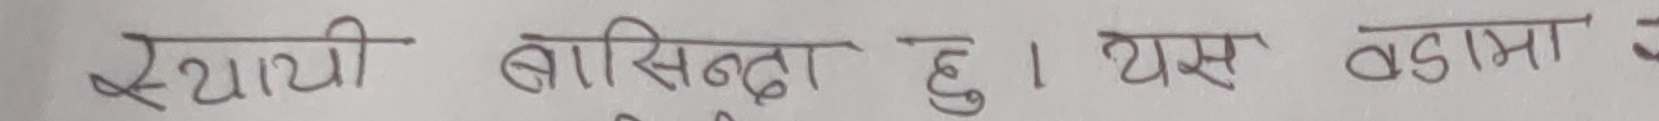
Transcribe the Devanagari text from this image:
स्थायी बासिन्दा हु । यस वडामा उ